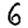
Digit: 6